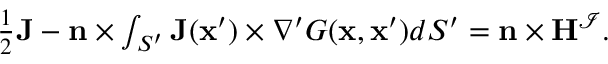
\begin{array} { r } { \frac { 1 } { 2 } \mathbf { J } - \mathbf { n } \times \int _ { S ^ { \prime } } \mathbf { J } ( \mathbf { x } ^ { \prime } ) \times \nabla ^ { \prime } G ( \mathbf { x } , \mathbf { x } ^ { \prime } ) d S ^ { \prime } = \mathbf { n } \times \mathbf { H } ^ { \mathcal { I } } . } \end{array}